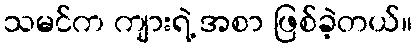
သမင်က ကျားရဲ့ အစာ ဖြစ်ခဲ့တယ်။